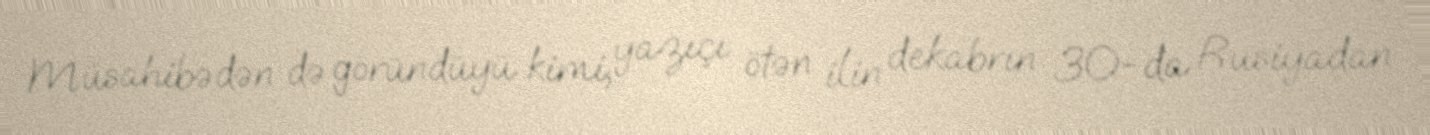
Müsahibədən də göründüyü kimi, yazıçı ötən ilin dekabrın 30-da Rusiyadan